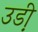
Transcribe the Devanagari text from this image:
उडी़